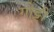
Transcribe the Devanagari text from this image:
गोट्टी